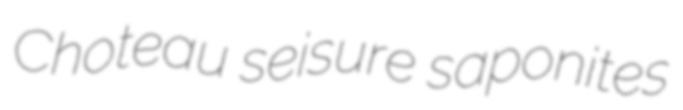
Choteau seisure saponites